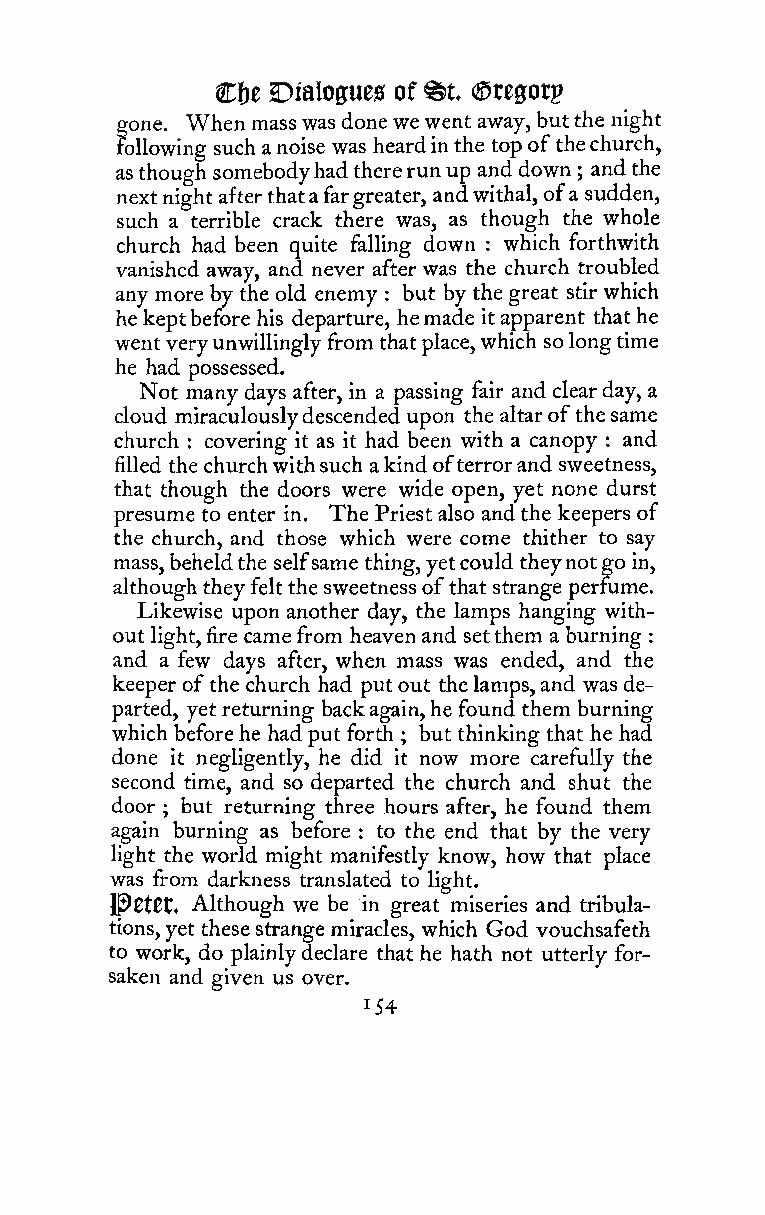
€U            ^t
 Dialogues of ®reg;otp
 gone. When masswasdonewewent away,butthe night
 following such anoise was heardinthe top ofthechurch,
 asthough somebodyhadthererunup and down
 ;
 andthe
 nextnight afterthatafargreater, andwithal, ofa sudden,
 such a terrible crack there was, as though the whole
 church had been quite falling down which forthwith
 :
 vanished away, and never after was the church troubled
 any more by the old enemy but by the great stir which
 :
 hekeptbefore his departure, hemade itapparent that he
 wentveryunwillingly from thatplace,which solongtime
 he had possessed.
 Not many days after, in a passing fair and clearday, a
 cloud miraculouslydescended upon the altarofthesame
 church : covering it as it had been with a canopy : and
 filled the churchwithsuch akind ofterrorand sweetness,
 that though the doors were wide open, yet none durst
 presume to enter in. The Priest also andthe keepers of
 the church, and those which were come thither to say
 mass,beheldthe selfsame thing,yetcould theynotgo in,
 although they feltthe sweetnessofthat strange permme.
 Likewise upon another day, the lamps hanging with-
 out light,fire came from heaven and setthem a burning
 :
 and a few days after, when mass was ended, and the
 keeper ofthe church had putout thelamps,and wasde-
 parted, yet returning backagain,he found them burning
 which beforehe had put forth but thinking that he had
 ;
 done it negligently, he did it now more carefully the
 second time, and so departed the church and shut the
 door but returning three hours after, he found them
 ;
 again burning as before to the end that by the very
 :
 light the world might manifestly know, how that place
 was from darkness translated to light.
 l^CtCt. Although we be in great miseries and tribula-
 tions,yet these strange miracles, which God vouchsafeth
 to work, do plainlydeclare that he hath not utterly for-
 saken and given us over.
 154